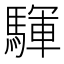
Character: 䮝